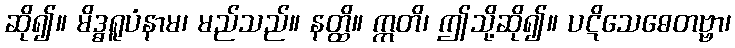
ဆို၍။ မိဒ္ဓရူပံနာမ၊ မည်သည်။ နတ္ထိ။ ဣတိ၊ ဤသို့ဆို၍။ ပဋိသေဓေတဗ္ဗာ၊